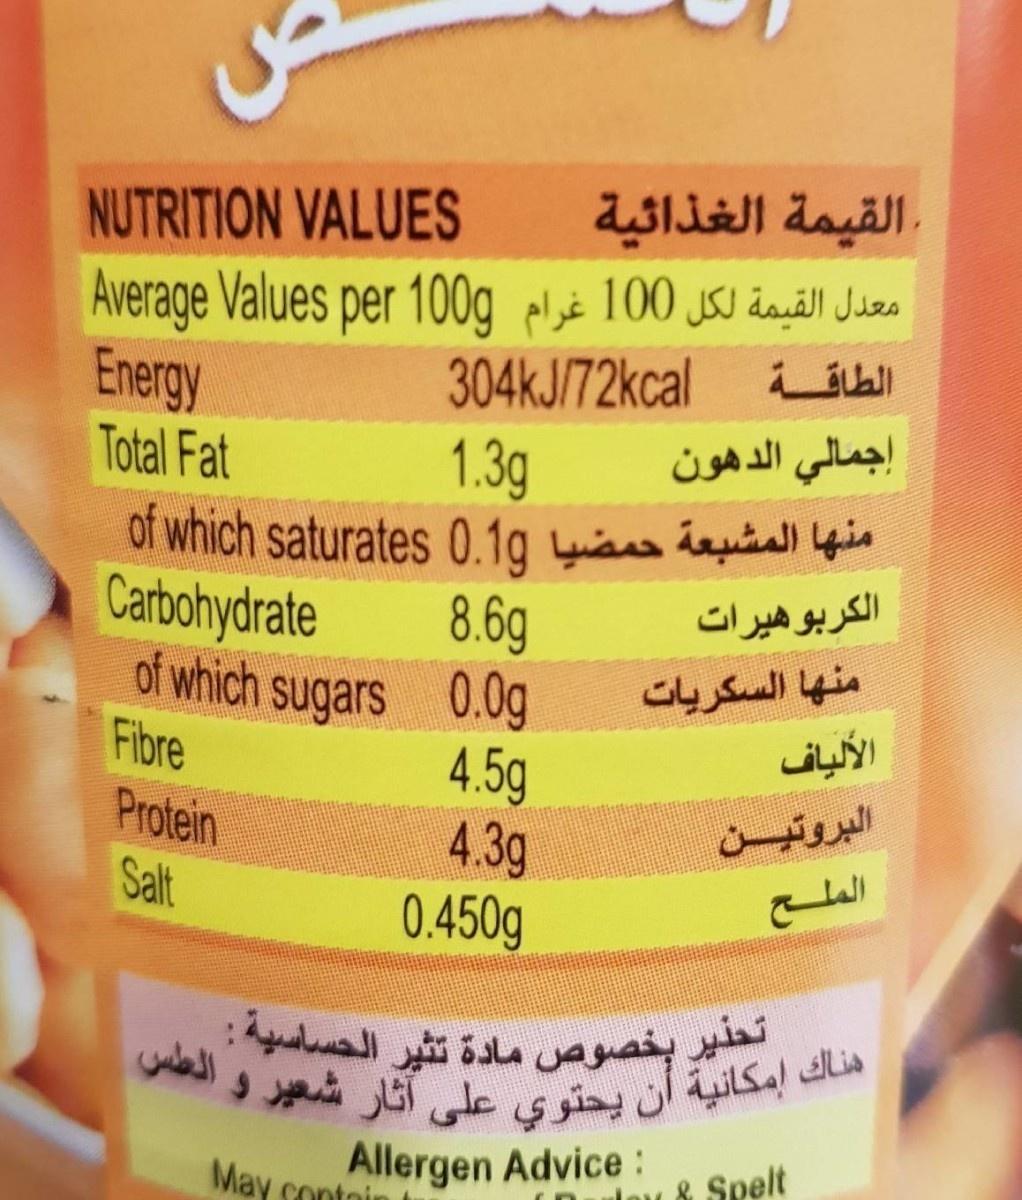
هناك إمكانية أن يحتوي على آثار شعير وا
تحذير بخصوص مادة تثير الحساسية :
NUTRITION VALUES
القيمة الغذائية
Average Values per 100g elsè 100 jss äauāll Juzs Energy Total Fat
304KJ/72kcal
إجمالي الدهون
1.3g of which saturates 0.1g yians eusa yin 8.6g of which sugars 0.0g 4.5g 4.3g 0.450g
Carbohydrate
الكربوهيرات
منها السكريات
Fibre Protein
البروتين
Salt
Allergen Advice: May contoi
& Spelt